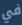
في